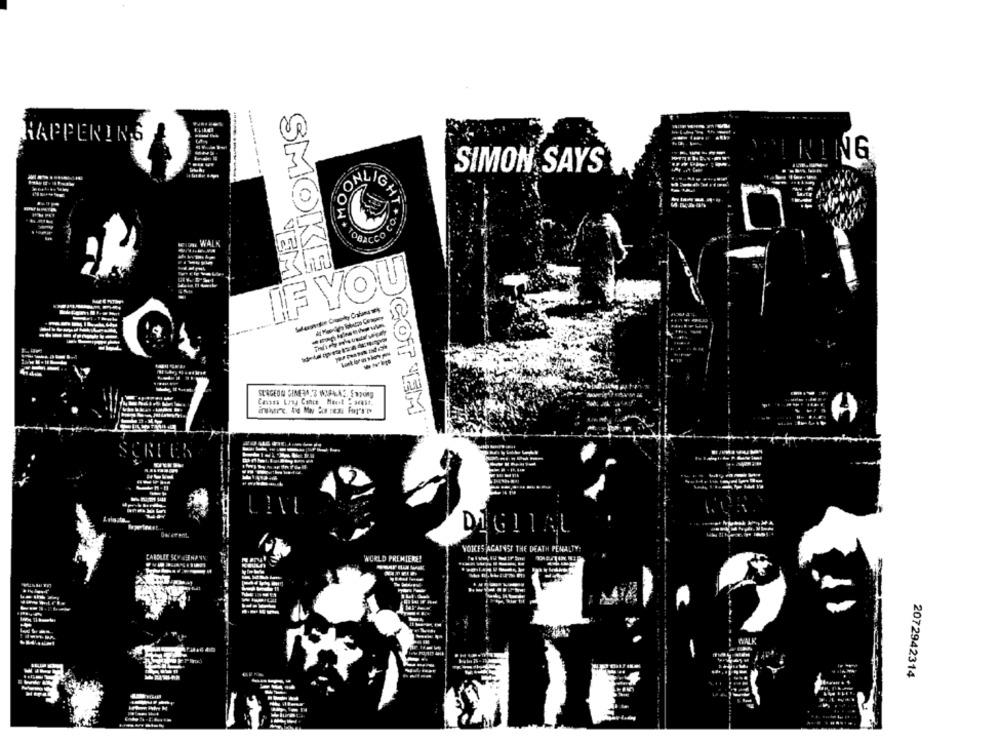
HAPPENING
ING
SIMON SAYS
CO.
453
IF YOU
SMOKEL
Casaes Lyny Conce Mock - acest.
GOT TEM
DIGITAL
VOICES AGAINST THE DEATH PENALTY:
WORLD PREMIERE!
2072942314